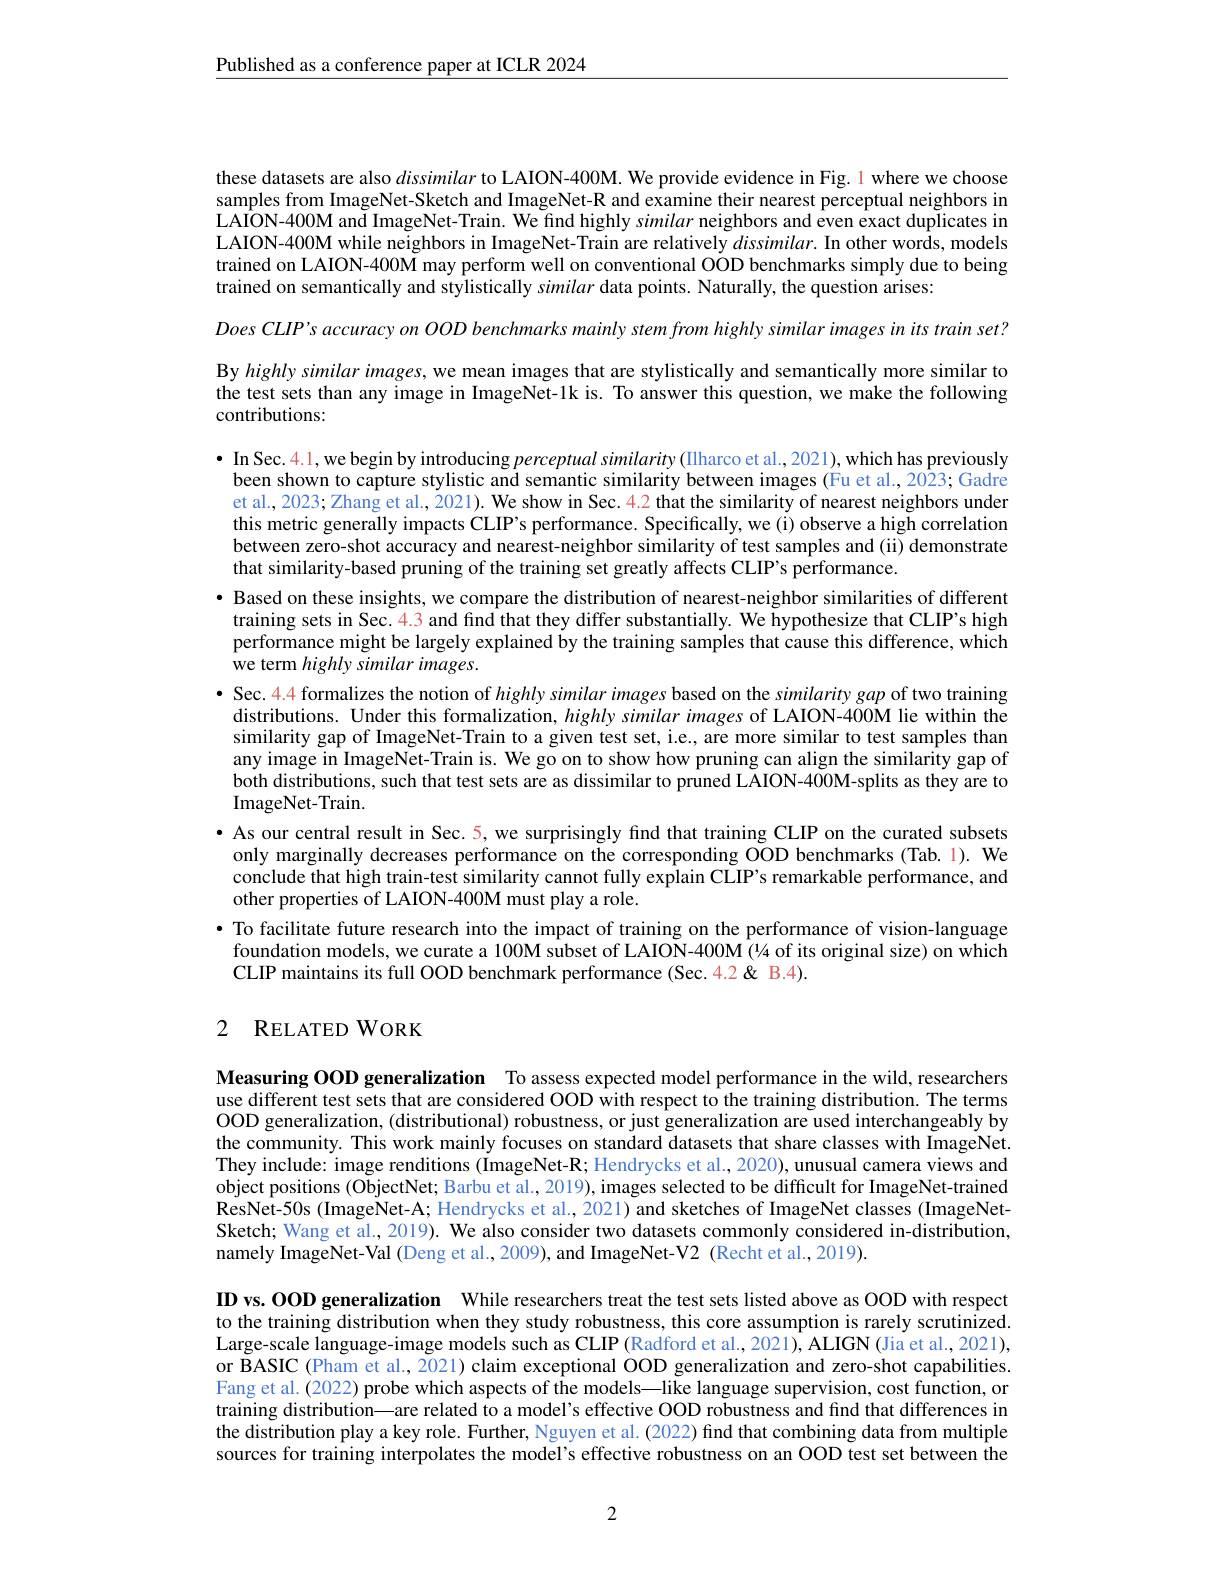
$\underline{\text{Published as a conference paper at ICLR 2024}}$

these datasets are also dissimilar to LAION-400M. We provide evidence in Fig. 1 where we choose samples from ImageNet-Sketch and ImageNet-R and examine their nearest perceptual neighbors in LAION-400M and ImageNet-Train. We find highly similar neighbors and even exact duplicates in LAION-400M while neighbors in ImageNet-Train are relatively $dissimilar.$ In other words, models trained on LAION-400M may perform well on conventional OOD benchmarks simply due to being trained on semantically and stylistically similar data points. Naturally, the question arises:

Does $CLIP^{\prime }s$ accuracy $on$ $OOD$ benchmarks mainly stem from highly similar images $in$ its train $set?$

By highly similar images, we mean images that are stylistically and semantically more similar to the test sets than any image in ImageNet-lk is. To answer this question, we make the following contributions:

$\bullet$ In Sec. 4.1, we begin by introducing perceptual similarity (IIharco et al., 2021), which has previously been shown to capture stylistic and semantic similarity between images (Fu et al., 2023; Gadre et al., 2023; Zhang et al., 2021). We show in Sec. 4.2 that the similarity of nearest neighbors under this metric generally impacts CLIP's performance. Specifically, we (i) observe a high correlation between zero-shot accuracy and nearest-neighbor similarity of test samples and (ii) demonstrate that similarity-based pruning of the training set greatly affects CLIP's performance.
· Based on these insights, we compare the distribution of nearest-neighbor similarities of different training sets in Sec. 4.3 and find that they differ substantially. We hypothesize that CLIP's high performance might be largely explained by the training samples that cause this difference, which we term highly similar images.
$\bullet$ Sec. 4.4 formalizes the notion of highly similar images based on the similarity gap of two training
distributions. Under this formalization, $highly\textit{similarimages of LAION- 400M lie within the}$ similarity gap of ImageNet-Train to a given test set, i.e., are more similar to test samples than any image in ImageNet-Train is. We go on to show how pruning can align the similarity gap of both distributions, such that test sets are as dissimilar to pruned LAION-400M-splits as they are to ImageNet-Train.
$\bullet$ As our central result in Sec.5, we surprisingly find that training CLIP on the curated subsets
only marginally decreases performance on the corresponding OOD benchmarks (Tab.1). We conclude that high train-test similarity cannot fully explain CLIP's remarkable performance, and other properties of LAION-400M must play a role.
$\bullet$ To facilitate future research into the impact of training on the performance of vision-language foundation models, we curate a $100\dot{\mathbf{M}}$ subset of LAION-400M (14 of its original size) on which CLIP maintains its full OOD benchmark performance (Sec.4.2&B.4).

## 2 RELATED WORK

Measuring OOD generalization To assess expected model performance in the wild, researchers use different test sets that are considered OOD with respect to the training distribution. The terms

OOD generalization, (distributional) robustness, or just generalization are used interchangeably by the community. This work mainly focuses on standard datasets that share classes with ImageNet They include: image renditions (ImageNet-R; Hendrycks et al., 2020), unusual camera views and object positions (ObjectNet; Barbu et al., 2019), images selected to be difficult for ImageNet-trained ResNet-50s (ImageNet-A; Hendrycks et al., 2021) and sketches of ImageNet classes (ImageNetSketch; Wang et al., 2019). We also consider two datasets commonly considered in-distribution, namely ImageNet-Val (Deng et al., 2009), and ImageNet-V2 (Recht et al., 2019).

ID vs. OOD generalization While researchers treat the test sets listed above as OOD with respect to the training distribution when they study robustness, this core assumption is rarely scrutinized Large-scale language-image models such as CLIP (Radford et al., 2021), ALIGN (Jia et al., 2021), or BASIC (Pham et al., 2021) claim exceptional OOD generalization and zero-shot capabilities Fang et al. (2022) probe which aspects of the models—like language supervision, cost function, or training distribution—are related to a model's effective OOD robustness and find that differences in the distribution play a key role. Further, Nguyen et al. (2022) find that combining data from multiple sources for training interpolates the model's effective robustness on an OOD test set between the

2